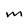
Character: m